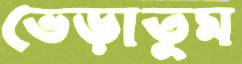
ভেড়াতুম